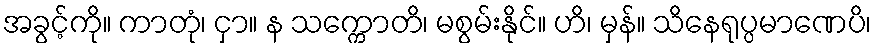
အခွင့်ကို။ ကာတုံ၊ ငှာ။ န သက္ကောတိ၊ မစွမ်းနိုင်။ ဟိ၊ မှန်။ သိနေရုပ္ပမာဏေပိ၊